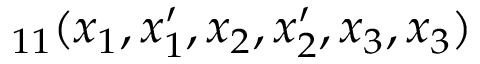
_ { 1 1 } ( x _ { 1 } , x _ { 1 } ^ { \prime } , x _ { 2 } , x _ { 2 } ^ { \prime } , x _ { 3 } , x _ { 3 } )